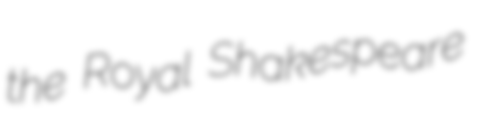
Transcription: the Royal Shakespeare